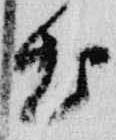
出